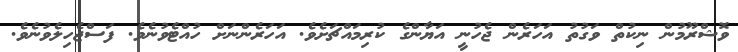
ވޮޝްރޫމުން ނިކުތް ވަގުތު އަހަރެން ޖެހުނީ އަޔާންގެ ކުރިމައްޗަށެވެ. އަހަރެންނަށް ހުއްޓެވުނެވެ. ފަސްޖެހިލެވުނެވެ.